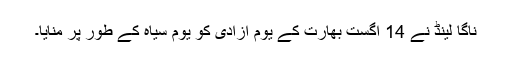
ناگا لینڈ نے 14 اگست بھارت کے یوم آزادی کو یوم سیاہ کے طور پر منایا۔